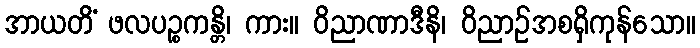
အာယတိံ ဖလပဉ္စကန္တိ၊ ကား။ ဝိညာဏာဒီနိ၊ ဝိညာဉ်အစရှိကုန်သော။